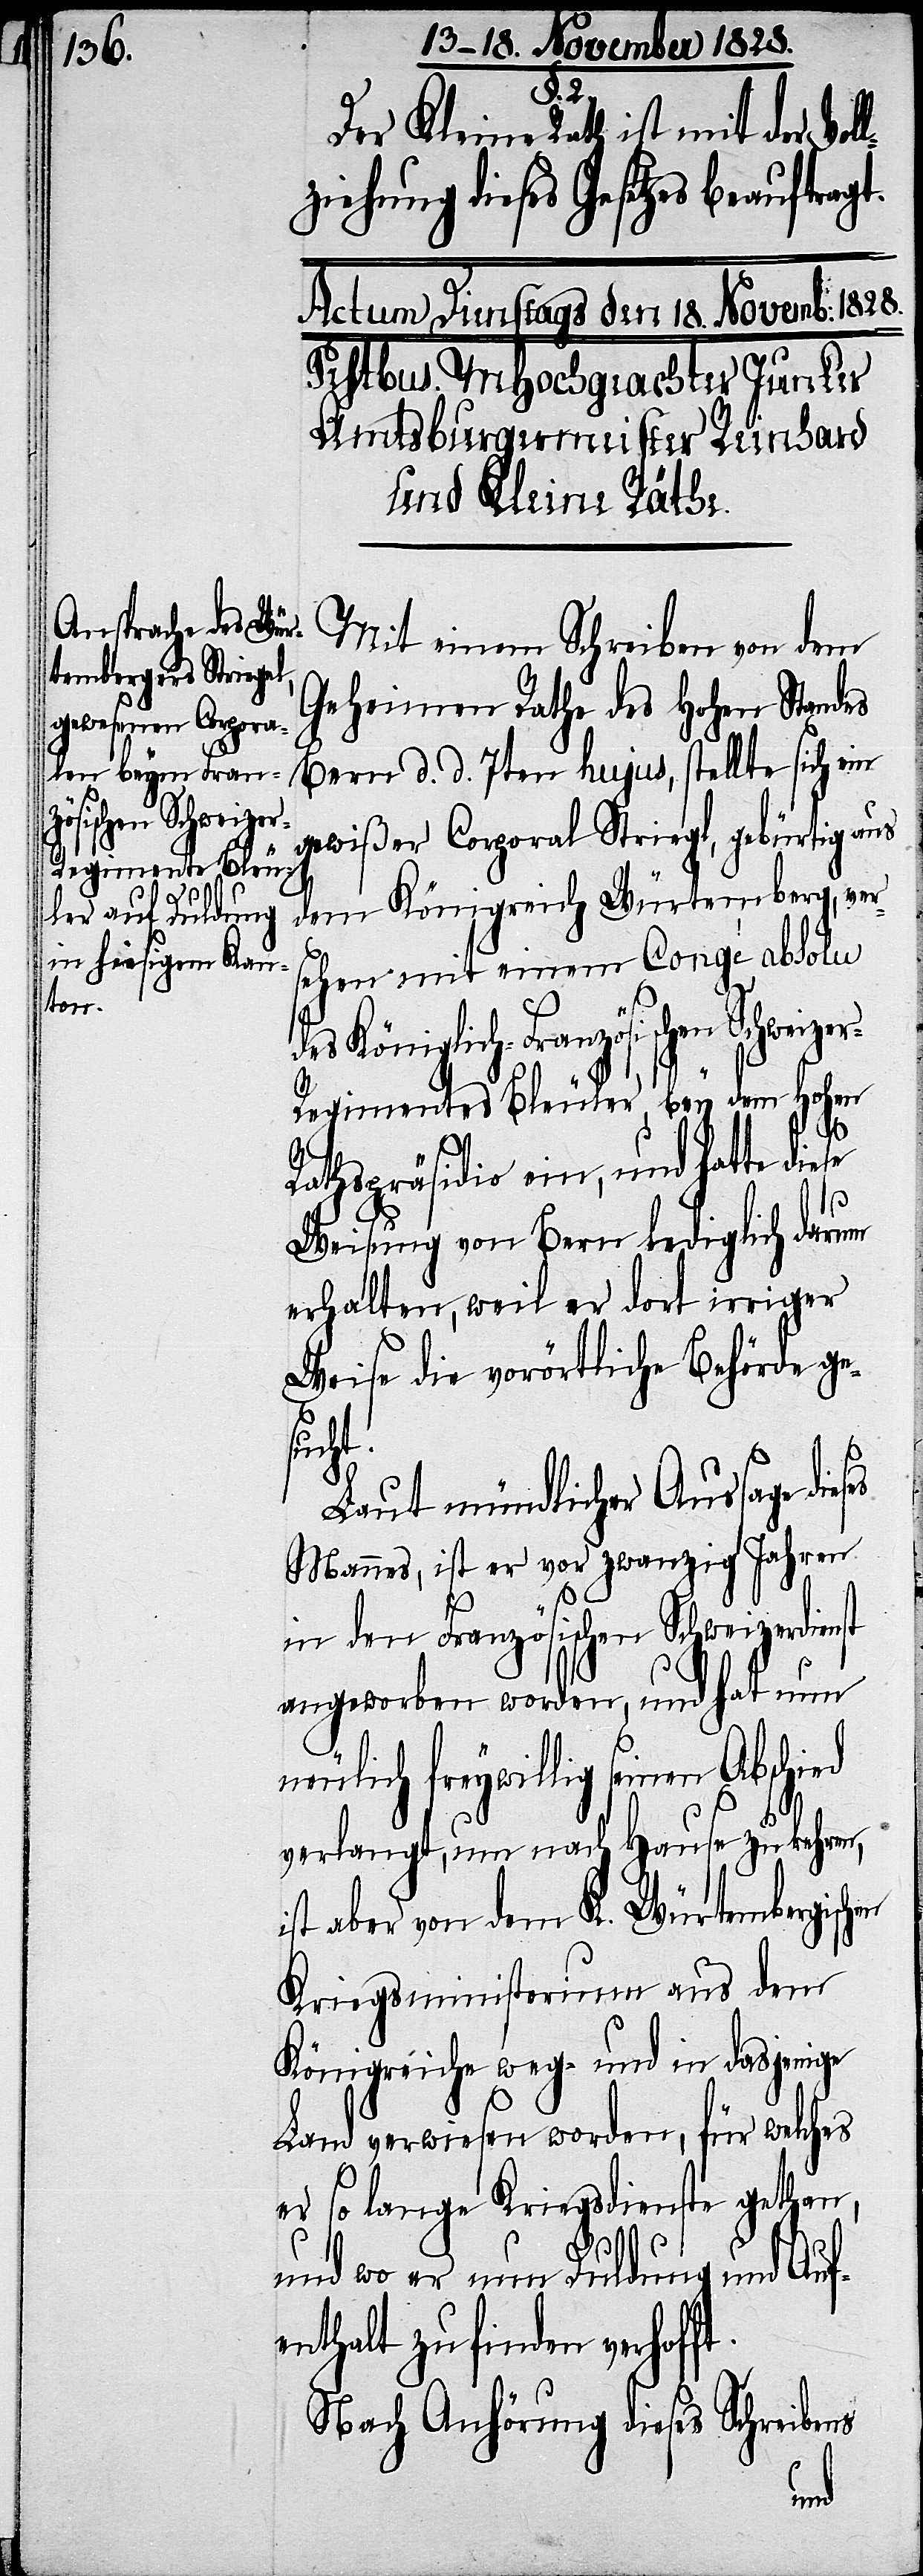
2.
Der Kleine Rath ist mit der Vol¬
lziehung dieses Gesetzes beauftrag¬
Mit einem Schreiben von dem
Geheimen Rathe des Hohen Standes
Bern d. d. 7ten hujus, stellte sich ein
gewißer Corporal Striegl, gebürtig aus
dem Königreich Würtemberg, ver¬
sehen mit einem Congé absolu
des Königlich-Französischen Schwei¬
r-Regimentes Bleuler, bey dem hohen
Rathspräsidio ein, und hatte die¬
Weisung von Bern lediglich darum
erhalten, weil er dort irriger
Weise die vorörtliche Behörde ge¬
sucht.
Laut mündlicher Aussage dies¬
Mannes, ist er vor zwanzig Jahren
in den Französischen Schweizerdienst
angeworben worden, und hat nun
neulich freywillig seinen Absc¬
ft.
verlangt, um nach Hause zu kehren,
ist aber von dem K. Würtembergisc¬
Kriegsministerium aus dem
Königreiche weg- und in dasjenige
Land verwiesen worden, für welches
er so lange Kriegsdienste gethan,
und wo er nun Duldung und Auf¬
enthalt zu finden verhof¬
Nach Anhörung dieses Schreibens
hen